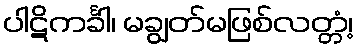
ပါဋိကင်္ခါ၊ မချွတ်မဖြစ်လတ္တံ့၊